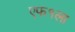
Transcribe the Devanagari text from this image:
एफ१ला